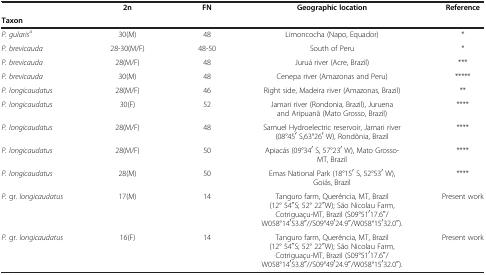
|  | 2n | FN | Geographic location | Reference |
 | Taxon |  |  |  |  |
 | --- | --- | --- | --- | --- |
 | P. gularisa | 30(M) | 48 | Limoncocha (Napo, Equador) | * |
 | P. brevicauda | 28-30(M/F) | 48-50 | South of Peru | * |
 | P. brevicauda | 28(M/F) | 48 | Juruá river (Acre, Brazil) | *** |
 | P. brevicauda | 30(M) | 48 | Cenepa river (Amazonas and Peru) | ***** |
 | P. longicaudatus | 28(M/F) | 46 | Right side, Madeira river (Amazonas, Brazil) | ** |
 | P. longicaudatus | 30(F) | 52 | Jamari river (Rondonia, Brazil), Juruena and Aripuanã (Mato Grosso, Brazil) | **** |
 | P. longicaudatus | 28(M/F) | 48 | Samuel Hydroelectric reservoir, Jamari river (08°45′ S,63°26′ W), Rondônia, Brazil | **** |
 | P. longicaudatus | 28(M/F) | 50 | Apiacás (09°34′ S, 57°23′ W), Mato Grosso-MT, Brazil | **** |
 | P. longicaudatus | 28(M) | 50 | Emas National Park (18°15′ S, 52°53′ W), Goiás, Brazil | **** |
 | P. gr. longicaudatus | 17(M) | 14 | Tanguro farm, Querência, MT, Brazil (12° 54′′S; 52° 22′′W); São Nicolau Farm, Cotriguaçu-MT, Brazil (S09°51′17.6′′/W058°14′53.8′′//S09°49′24.9′′/W058°15′32.0′′). | Present work |
 | P. gr. longicaudatus | 16(F) | 14 | Tanguro farm, Querência, MT, Brazil (12° 54′′S; 52° 22′′W); São Nicolau Farm, Cotriguaçu-MT, Brazil (S09°51′17.6′′/W058°14′53.8′′//S09°49′24.9′′/W058°15′32.0′′). | Present work |